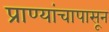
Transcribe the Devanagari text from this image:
प्राण्यांचापासून